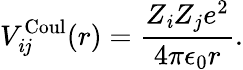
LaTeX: V_{\mathit{i}j}^{\mathrm{{Coul}}}(r)=\frac{{Z_{\mathit{i}}Z_{j}e^{2}}}{{4\pi\epsilon_{0}r}}.